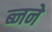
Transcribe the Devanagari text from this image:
ब्नने